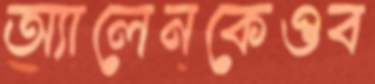
অ্যালেনকেওব